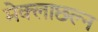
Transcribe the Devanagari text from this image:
मेक्लाछल्न